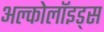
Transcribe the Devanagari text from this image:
अल्कोलॉइड्स